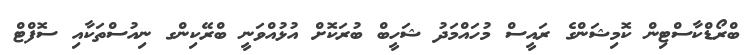
ބްރޯޑްކާސްޓިން ކޮމިޝަންގެ ރައީސް މުހައްމަދު ޝަހީބް ބުރަކޮށް އުޅުއްވަނީ ބްރޭކިންގ ނިއުސްތަކާއި ސޮފްޓް